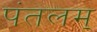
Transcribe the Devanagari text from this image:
पंतलम्